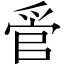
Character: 𬋩